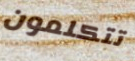
تتكلمون